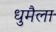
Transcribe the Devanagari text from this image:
धुमैला